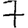
Digit: 7